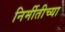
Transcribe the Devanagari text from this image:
निर्मीतीच्या